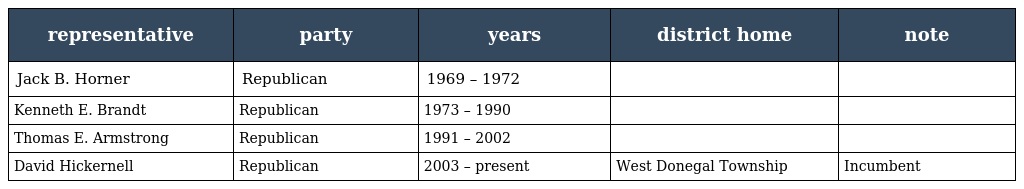
| representative | party | years | district home | note |
 | --- | --- | --- | --- | --- |
 | Jack B. Horner | Republican | 1969 – 1972 |  |  |
 | Kenneth E. Brandt | Republican | 1973 – 1990 |  |  |
 | Thomas E. Armstrong | Republican | 1991 – 2002 |  |  |
 | David Hickernell | Republican | 2003 – present | West Donegal Township | Incumbent |